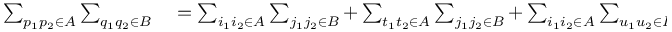
\begin{array} { r l } { \sum _ { p _ { 1 } p _ { 2 } \in A } \sum _ { q _ { 1 } q _ { 2 } \in B } } & { { } = \sum _ { i _ { 1 } i _ { 2 } \in A } \sum _ { j _ { 1 } j _ { 2 } \in B } + \sum _ { t _ { 1 } t _ { 2 } \in A } \sum _ { j _ { 1 } j _ { 2 } \in B } + \sum _ { i _ { 1 } i _ { 2 } \in A } \sum _ { u _ { 1 } u _ { 2 } \in B } + \sum _ { t _ { 1 } t _ { 2 } \in A } \sum _ { u _ { 1 } u _ { 2 } \in B } . } \end{array}